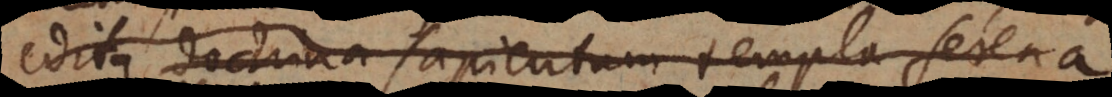
Edita doctrina sapientum templa seren